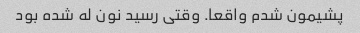
پشیمون شدم واقعا. وقتی رسید نون له شده بود